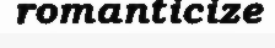
romanticize